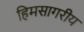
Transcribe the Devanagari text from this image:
हिमसागरीय